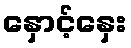
နှောင့်နှေး